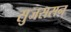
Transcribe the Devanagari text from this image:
सुजससन्